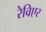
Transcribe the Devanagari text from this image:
रेविएर